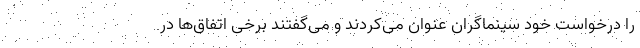
را درخواست خود سینماگران عنوان می‌کردند و می‌گفتند برخی اتفاق‌ها در